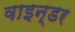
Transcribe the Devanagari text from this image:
वाइन्डर